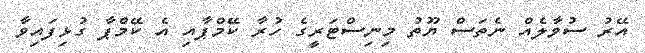
އޭރު ސުވާލެއް ނެތަސް ޔޫތު މިނިސްޓަރީގެ ހުރާ ކޭމްޕާއި އެ ކޭމްޕާ ގުޅިފައިވާ